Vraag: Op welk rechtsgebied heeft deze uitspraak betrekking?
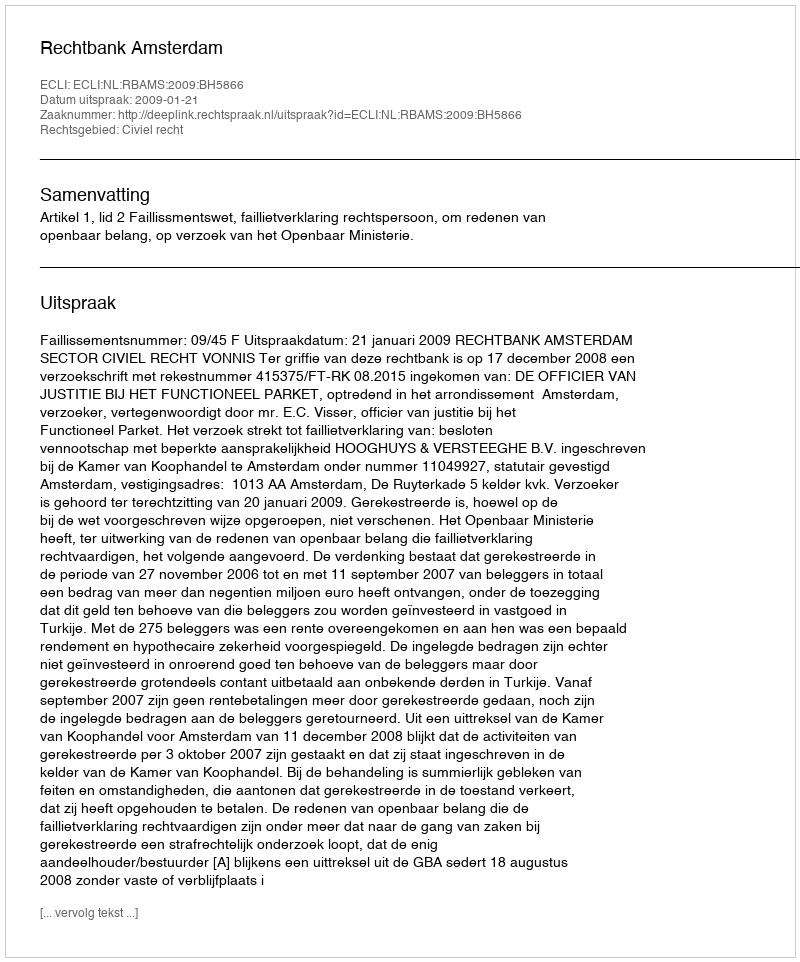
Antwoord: Civiel recht